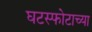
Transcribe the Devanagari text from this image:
घटस्फोटाच्या